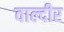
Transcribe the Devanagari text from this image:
वाल्दीर